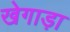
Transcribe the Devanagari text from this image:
खेगाड़ा